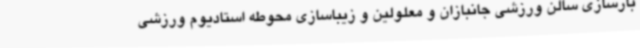
بازسازی سالن ورزشی جانبازان و معلولین و زیباسازی محوطه استادیوم ورزشی